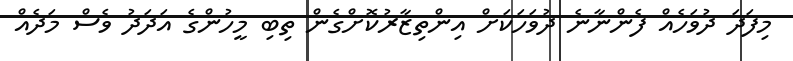
މިފަދަ ދުވަހެއް ފެންނާނެ ދުވަހަކަށް އިންތިޒާރުކޮށްގެން ތިބި މީހުންގެ އަދަދު ވެސް މަދެއް